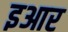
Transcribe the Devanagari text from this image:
इआर